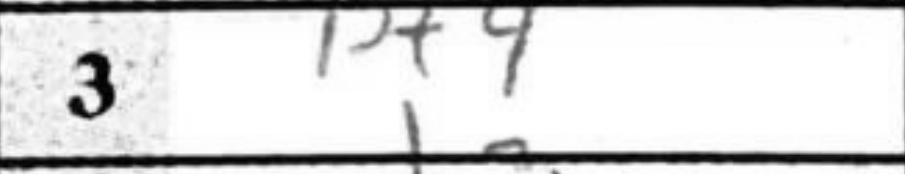
Transcription: Bf4